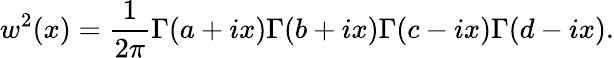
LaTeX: w^{2}(x)={\frac{1}{2\pi}}\Gamma(a+ix)\Gamma(b+ix)\Gamma(c-ix)\Gamma(d-ix).